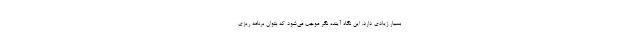
بسیار زیادی دارد. این نگاه آینده نگر موجب می‌شود که بتوان برنامه ریزی